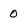
Character: 0